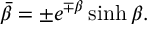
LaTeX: \bar { \beta } = \pm e ^ { \mp \beta } \sinh \beta .